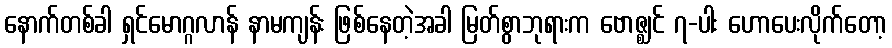
နောက်တစ်ခါ ရှင်မောဂ္ဂလာန် နာမကျန်း ဖြစ်နေတဲ့အခါ မြတ်စွာဘုရားက ဗောဇ္ဈင် ၇-ပါး ဟောပေးလိုက်တော့